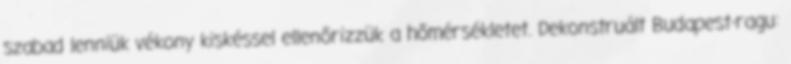
szabad lenniük vékony kiskéssel ellenőrizzük a hőmérsékletet. Dekonstruált Budapest-ragu: